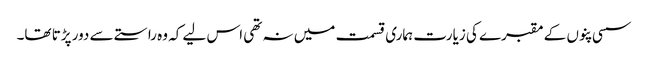
سسی پنوں کے مقبرے کی زیارت ہماری قسمت میں نہ تھی اس لیے کہ وہ راستے سے دور پڑتا تھا۔